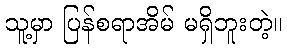
သူ့မှာ ပြန်စရာအိမ် မရှိဘူးတဲ့။